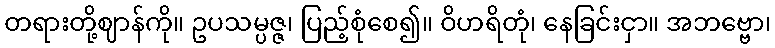
တရားတို့ဈာန်ကို။ ဥပသမ္ပဇ္ဇ၊ ပြည့်စုံစေ၍။ ဝိဟရိတုံ၊ နေခြင်းငှာ။ အဘဗ္ဗော၊